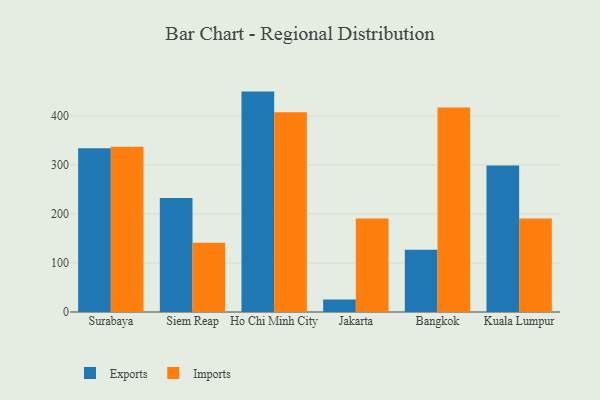
{"axis": {"x": "City", "y": "Budget (USD K)"}, "legend": ["Exports", "Imports"], "data": [{"x": "Surabaya", "y": 333.8, "type": "Exports"}, {"x": "Surabaya", "y": 336.8, "type": "Imports"}, {"x": "Siem Reap", "y": 232.4, "type": "Exports"}, {"x": "Siem Reap", "y": 141.2, "type": "Imports"}, {"x": "Ho Chi Minh City", "y": 449.4, "type": "Exports"}, {"x": "Ho Chi Minh City", "y": 407.4, "type": "Imports"}, {"x": "Jakarta", "y": 25.4, "type": "Exports"}, {"x": "Jakarta", "y": 190.5, "type": "Imports"}, {"x": "Bangkok", "y": 127.1, "type": "Exports"}, {"x": "Bangkok", "y": 417.0, "type": "Imports"}, {"x": "Kuala Lumpur", "y": 298.6, "type": "Exports"}, {"x": "Kuala Lumpur", "y": 190.7, "type": "Imports"}]}